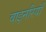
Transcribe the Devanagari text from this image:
वाइनरियाँ